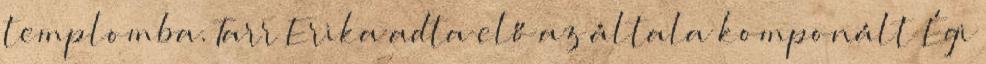
templomba. Tarr Erika adta elő az általa komponált Égi